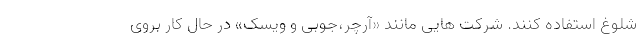
شلوغ استفاده کنند. شرکت هایی مانند «آرچر،جوبی و ویسک» در حال کار بروی